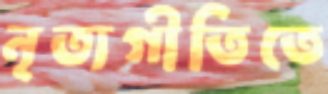
নৃত্যগীতিতে